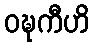
ဝဍ္ဎကီဟိ